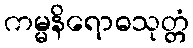
ကမ္မနိရောဓသုတ္တံ